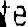
DATE